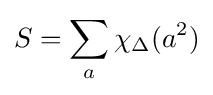
S=\sum _{a}\chi _{\Delta }(a^{2})